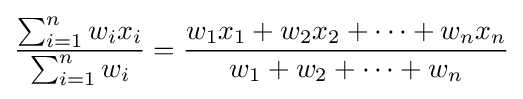
{\frac {\sum _{i=1}^{n}w_{i}x_{i}}{\sum _{i=1}^{n}w_{i}}}={\frac {w_{1}x_{1}+w_{2}x_{2}+\cdots +w_{n}x_{n}}{w_{1}+w_{2}+\cdots +w_{n}}}